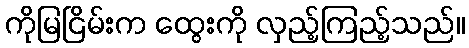
ကိုမြငြိမ်းက ထွေးကို လှည့်ကြည့်သည်။